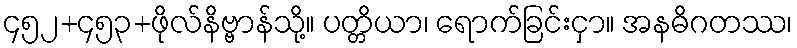
၄၅၂+၄၅၃+ဖိုလ်နိဗ္ဗာန်သို့။ ပတ္တိယာ၊ ရောက်ခြင်းငှာ။ အနဓိဂတဿ၊